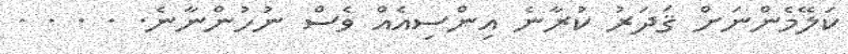
ކަލޭމެންނަށް ޤަދަރު ކުރާނެ އިންސިއެއް ވެސް ނުހުންނާނެ. . . . .